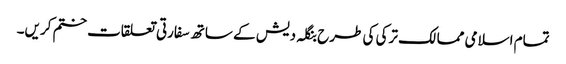
تمام اسلامی ممالک ترکی کی طرح بنگلہ دیش کے ساتھ سفارتی تعلقات ختم کریں۔